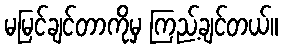
မမြင်ချင်တာကိုမှ ကြည့်ချင်တယ်။